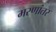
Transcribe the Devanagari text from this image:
मरणांतर